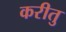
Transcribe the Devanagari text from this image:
करीतु